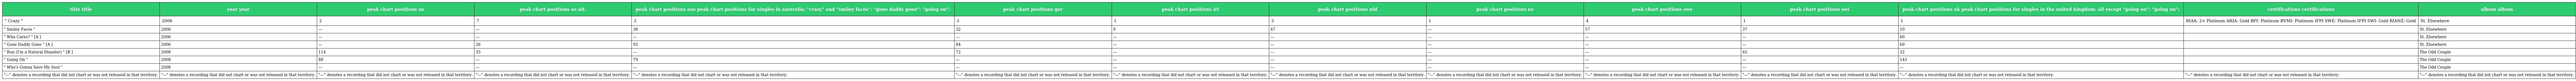
| title title | year year | peak chart positions us | peak chart positions us alt. | peak chart positions aus peak chart positions for singles in australia: "crazy" and "smiley faces": "gone daddy gone": "going on": | peak chart positions ger | peak chart positions irl | peak chart positions nld | peak chart positions nz | peak chart positions swe | peak chart positions swi | peak chart positions uk peak chart positions for singles in the united kingdom: all except "going on": "going on": | certifications certifications | album album |
 | --- | --- | --- | --- | --- | --- | --- | --- | --- | --- | --- | --- | --- | --- |
 | " Crazy " | 2006 | 2 | 7 | 2 | 3 | 1 | 3 | 1 | 4 | 1 | 1 | RIAA: 2× Platinum ARIA: Gold BPI: Platinum BVMI: Platinum IFPI SWE: Platinum IFPI SWI: Gold RIANZ: Gold | St. Elsewhere |
 | " Smiley Faces " | 2006 | — | — | 38 | 32 | 9 | 47 | — | 57 | 37 | 10 |  | St. Elsewhere |
 | " Who Cares? " [A ] | 2006 | — | — | — | — | — | — | — | — | — | 60 |  | St. Elsewhere |
 | " Gone Daddy Gone " [A ] | 2006 | — | 26 | 92 | 84 | — | — | — | — | — | 60 |  | St. Elsewhere |
 | " Run (I'm a Natural Disaster) " [B ] | 2008 | 114 | 35 | — | 72 | — | — | — | — | 65 | 32 |  | The Odd Couple |
 | " Going On " | 2008 | 88 | — | 79 | — | — | — | — | — | — | 143 |  | The Odd Couple |
 | " Who's Gonna Save My Soul " | 2008 | — | — | — | — | — | — | — | — | — | — |  | The Odd Couple |
 | "—" denotes a recording that did not chart or was not released in that territory. | "—" denotes a recording that did not chart or was not released in that territory. | "—" denotes a recording that did not chart or was not released in that territory. | "—" denotes a recording that did not chart or was not released in that territory. | "—" denotes a recording that did not chart or was not released in that territory. | "—" denotes a recording that did not chart or was not released in that territory. | "—" denotes a recording that did not chart or was not released in that territory. | "—" denotes a recording that did not chart or was not released in that territory. | "—" denotes a recording that did not chart or was not released in that territory. | "—" denotes a recording that did not chart or was not released in that territory. | "—" denotes a recording that did not chart or was not released in that territory. | "—" denotes a recording that did not chart or was not released in that territory. | "—" denotes a recording that did not chart or was not released in that territory. | "—" denotes a recording that did not chart or was not released in that territory. |